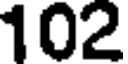
102